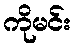
ကိုမင်း